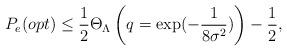
LaTeX: \begin{align*}P_e(opt) \le \frac{1}{2}\Theta_{\Lambda}\left(q=\exp(-\frac{1}{8\sigma^2})\right) - \frac{1}{2},\end{align*}